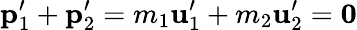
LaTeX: \mathbf{p}_{1}^{\prime}+\mathbf{p}_{2}^{\prime}=m_{1}\mathbf{u}_{1}^{\prime}+m_{2}\mathbf{u}_{2}^{\prime}={\boldsymbol{0}}